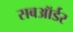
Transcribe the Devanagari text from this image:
सबऑर्डर